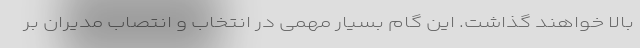
بالا خواهند گذاشت. این گام بسیار مهمی در انتخاب و انتصاب مدیران بر